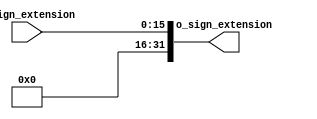
`timescale 1ns / 1ps
//////////////////////////////////////////////////////////////////////////////////
// Company: 
// Engineer: 
// 
// Design Name: 
// Module Name: Extension_Signo
// Project Name: 
// Target Devices: 
// Tool Versions: 
// Description: 
// 
// Dependencies: 
// 
// Revision:
// Revision 0.01 - File Created
// Additional Comments:
// 
//////////////////////////////////////////////////////////////////////////////////


module Extension_Signo#(

        //Parameters
        parameter   N_BITS_IN   =   16,
        parameter   N_BITS_OUT  =   32
    )
    (
        input   wire    [N_BITS_IN - 1 : 0]     i_sign_extension,
        
        output  wire    [N_BITS_OUT - 1 : 0]    o_sign_extension   
    );
    
    assign  o_sign_extension    =   i_sign_extension;
//    assign  o_sign_extension    =   i_sign_extension << (N_BITS_OUT-N_BITS_IN);

    
endmodule